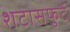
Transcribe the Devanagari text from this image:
शटासफुर्ट